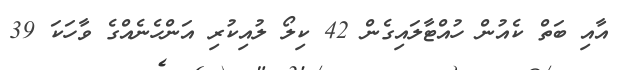
އާއި ބަތް ކެއުން ހުއްޓާލައިގެން 42 ކިލޯ ލުއިކުރި އަންހެނެއްގެ ވާހަކަ 39